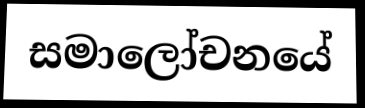
සමාලෝචනයේ